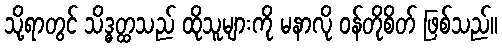
သို့ရာတွင် သိဒ္ဓတ္ထသည် ထိုသူများကို မနာလို ဝန်တိုစိတ် ဖြစ်သည်။